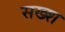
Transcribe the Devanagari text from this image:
सख्श